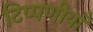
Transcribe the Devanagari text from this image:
टिप्पणीयाँ